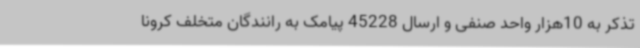
تذکر به 10هزار واحد صنفی و ارسال 45228 پیامک به رانندگان متخلف کرونا